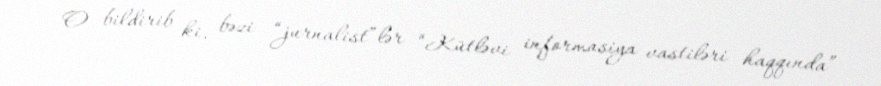
O bildirib ki, bəzi “jurnalist”lər “Kütləvi informasiya vastiləri haqqında”